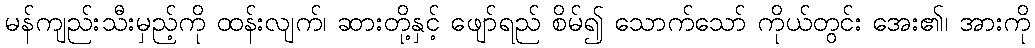
မန်ကျည်းသီးမှည့်ကို ထန်းလျက်၊ ဆားတို့နှင့် ဖျော်ရည် စိမ်၍ သောက်သော် ကိုယ်တွင်း အေး၏၊ အားကို